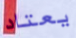
يعتاد